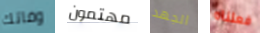
وفاتك مهتمون الجهد فعلناه